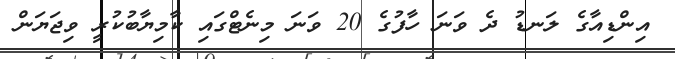
އިންޑިއާގެ ލަނޑު ދެ ވަނަ ހާފުގެ 20 ވަނަ މިނެޓްގައި ކާމިޔާބުކުރީ ވިޖަޔަން